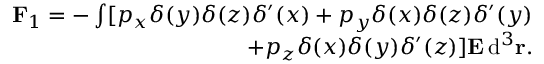
\begin{array} { r } { \mathbf F _ { 1 } = - \int [ p _ { x } \delta ( y ) \delta ( z ) \delta ^ { \prime } ( x ) + p _ { y } \delta ( x ) \delta ( z ) \delta ^ { \prime } ( y ) } \\ { + p _ { z } \delta ( x ) \delta ( y ) \delta ^ { \prime } ( z ) ] \mathbf E \, \mathrm { d } ^ { 3 } \mathbf r . } \end{array}